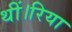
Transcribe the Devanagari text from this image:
थीं।रिया